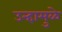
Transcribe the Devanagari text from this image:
उन्हामुळे